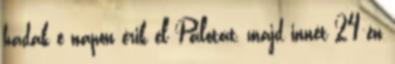
hadak e napon érik el Palotát, majd innét 24-én